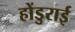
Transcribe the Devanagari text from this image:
होंडुराई